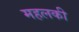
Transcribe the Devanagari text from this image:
महलकी